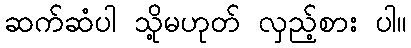
ဆက်ဆံပါ သို့မဟုတ် လှည့်စား ပါ။